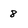
Character: 8